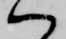
ハ